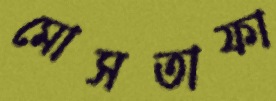
মোসতাফা